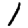
Digit: 1